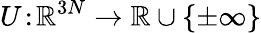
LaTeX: U\! :\! \mathbb{R}^{3N}\xrightarrow{}\mathbb{R}\cup\{ \pm\infty\}